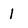
Character: l